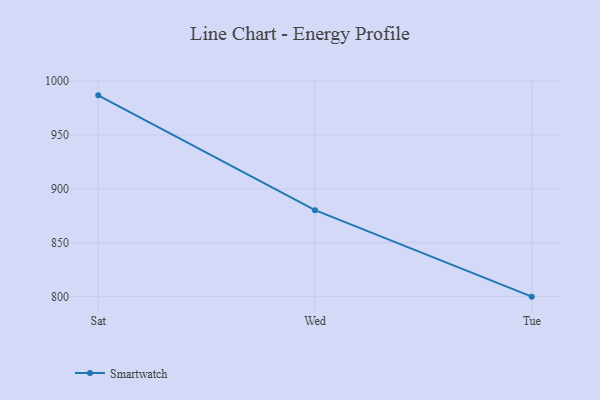
{"axis": {"x": "Day", "y": "Energy Usage (MWh)"}, "legend": ["Smartwatch"], "data": [{"x": "Sat", "y": 986.7, "type": "Smartwatch"}, {"x": "Wed", "y": 880.2, "type": "Smartwatch"}, {"x": "Tue", "y": 800, "type": "Smartwatch"}]}